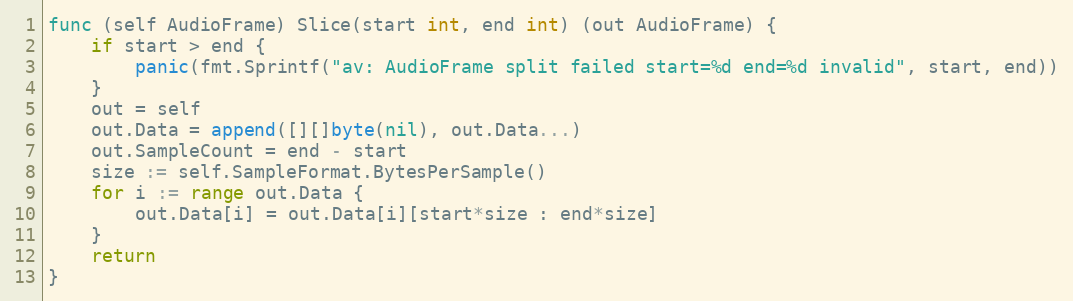
Language: Go
func (self AudioFrame) Slice(start int, end int) (out AudioFrame) {
	if start > end {
		panic(fmt.Sprintf("av: AudioFrame split failed start=%d end=%d invalid", start, end))
	}
	out = self
	out.Data = append([][]byte(nil), out.Data...)
	out.SampleCount = end - start
	size := self.SampleFormat.BytesPerSample()
	for i := range out.Data {
		out.Data[i] = out.Data[i][start*size : end*size]
	}
	return
}